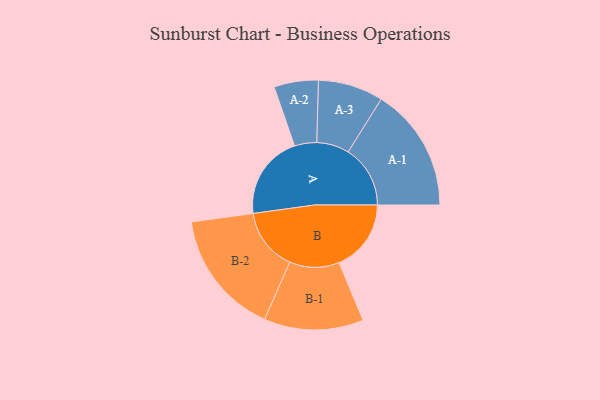
{"axis": {"x": "Segment", "y": "Value"}, "legend": ["", "A", "B"], "data": [{"x": "A", "y": 388, "type": ""}, {"x": "B", "y": 332, "type": ""}, {"x": "A-1", "y": 286, "type": "A"}, {"x": "A-2", "y": 102, "type": "A"}, {"x": "A-3", "y": 150, "type": "A"}, {"x": "B-1", "y": 229, "type": "B"}, {"x": "B-2", "y": 288, "type": "B"}]}